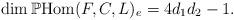
LaTeX: \begin{align*}\dim\mathbb{P}\mathrm{Hom}(F,C,L)_e=4d_1d_2-1.\end{align*}